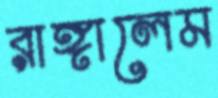
রাঙ্গালেম